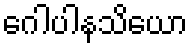
ဂေါပါနသိယော